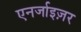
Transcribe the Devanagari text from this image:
एनर्जाइज़र